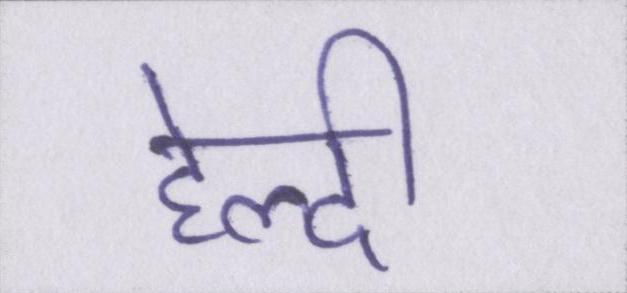
हेल्दी